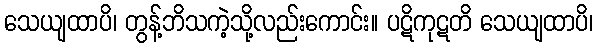
သေယျထာပိ၊ တွန့်ဘိသကဲ့သို့လည်းကောင်း။ ပဋိကုဋတိ သေယျထာပိ၊